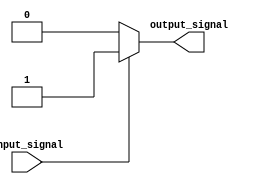
module active_high_buffer(
    input wire input_signal,
    output reg output_signal
);

always @(input_signal)
begin
    if(input_signal == 1'b1)
        output_signal <= 1'b1;
    else
        output_signal <= 1'b0;
end

endmodule